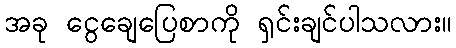
အခု ငွေချေပြေစာကို ရှင်းချင်ပါသလား။